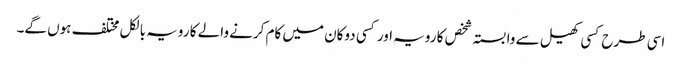
اسی طرح کسی کھیل سے وابستہ شخص کا رویہ اور کسی دوکان میں کام کرنے والے کا رویہ بالکل مختلف ہوں گے۔